Indian journal of veterinary science and animal husbandry - Volume 12,
Year: 1942
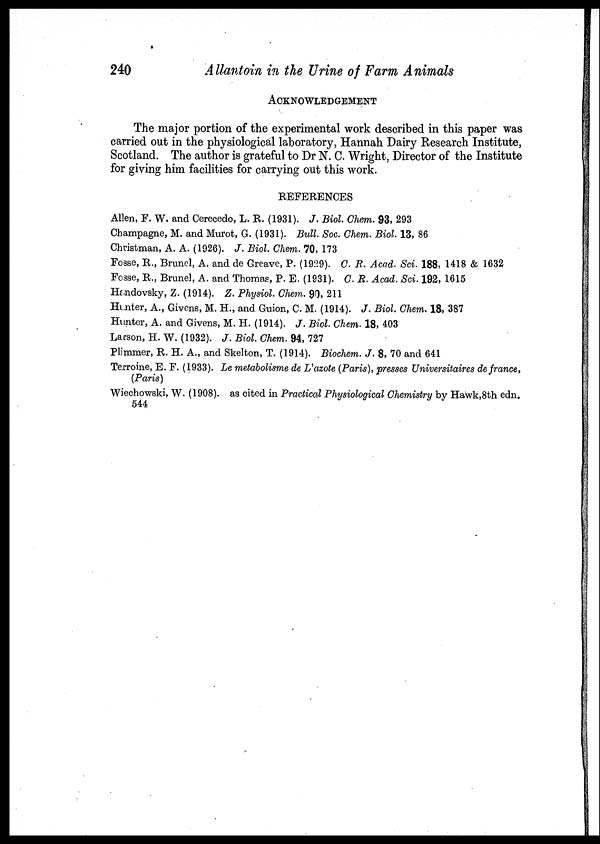
240
Allantoin in the Urine of Farm Animals
ACKNOWLEDGEMENT
The major portion of the experimental work described in this paper was
carried out in the physiological laboratory, Hannah Dairy Research Institute,
Scotland. The author is grateful to Dr N. C. Wright, Director of the Institute
for giving him facilities for carrying out this work.
REFERENCES
Allen, F. W. and Cerecedo, L. R. (1931). J. Biol. Chem. 93, 293
Champagne, M. and Murot, G. (1931). Bull. Soc. Chem. Biol. 13, 86
Christman, A. A. (1926). J. Biol. Chem. 70, 173
Fosse, R., Brunel, A. and de Greave, P. (1929). C. R. Acad. Sci. 188, 1418 & 1632
Fosse, R., Brunel, A. and Thomas, P. E. (1931). C. R. Acad. Sci. 192, 1615
Handovsky, Z. (1914). Z. Physiol. Chem. 90, 211
Hunter, A., Givens, M. H., and Guion, C. M. (1914). J. Biol. Chem. 18, 387
Hunter, A. and Givens, M. H. (1914). J. Biol. Chem. 18, 403
Larson, H. W. (1932). J. Biol. Chem. 94, 727
Plimmer, R. H. A., and Skelton, T. (1914). Biochem. J. 8, 70 and 641
Terroine, E.F. (1933). Le metabolisme de L'azote (Paris), presses Universitaires de france,
(Paris)
Wiechowski, W. (1908). as cited in Practical Physiological Chemistry by Hawk,8th edn.
544